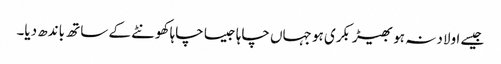
جیسے اولاد نہ ہو بھیڑ بکری ہو جہاں چاہا جیسا چاہا کھونٹے کے ساتھ باندھ دیا۔